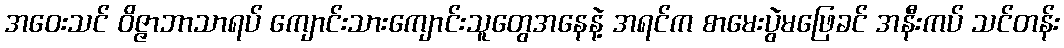
အဝေးသင် ဝိဇ္ဇာဘာသာရပ် ကျောင်းသားကျောင်းသူတွေအနေနဲ့ အရင်က စာမေးပွဲမဖြေခင် အနီးကပ် သင်တန်း